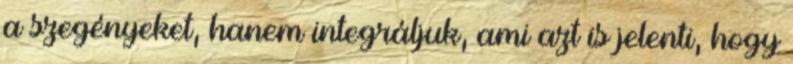
a szegényeket, hanem integráljuk, ami azt is jelenti, hogy